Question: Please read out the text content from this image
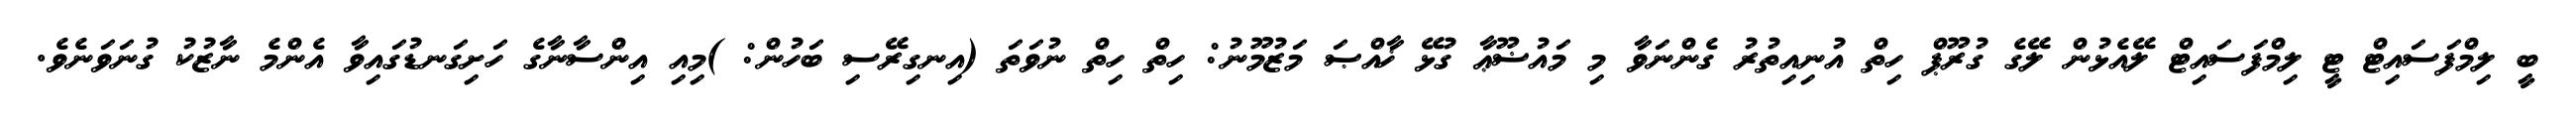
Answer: ބީ ލިމްފަސައިޓް ޓީ ލިމްފަސައިޓް ލޭއެޅުން ލޭގެ ގުރޫޕް ހިތް އުނިއިތުރު ގެންނަވާ މި މައުޟޫޢާ ގުޅޭ ޚާއްޞަ މަޒުމޫނު: ހިތް ހިތް ނުވަތަ (އިނގިރޭސި ބަހުން: )މިއި އިންސާނާގެ ހަށިގަނޑުގައިވާ އެންމެ ނާޒުކު ގުނަވަނެވެ.